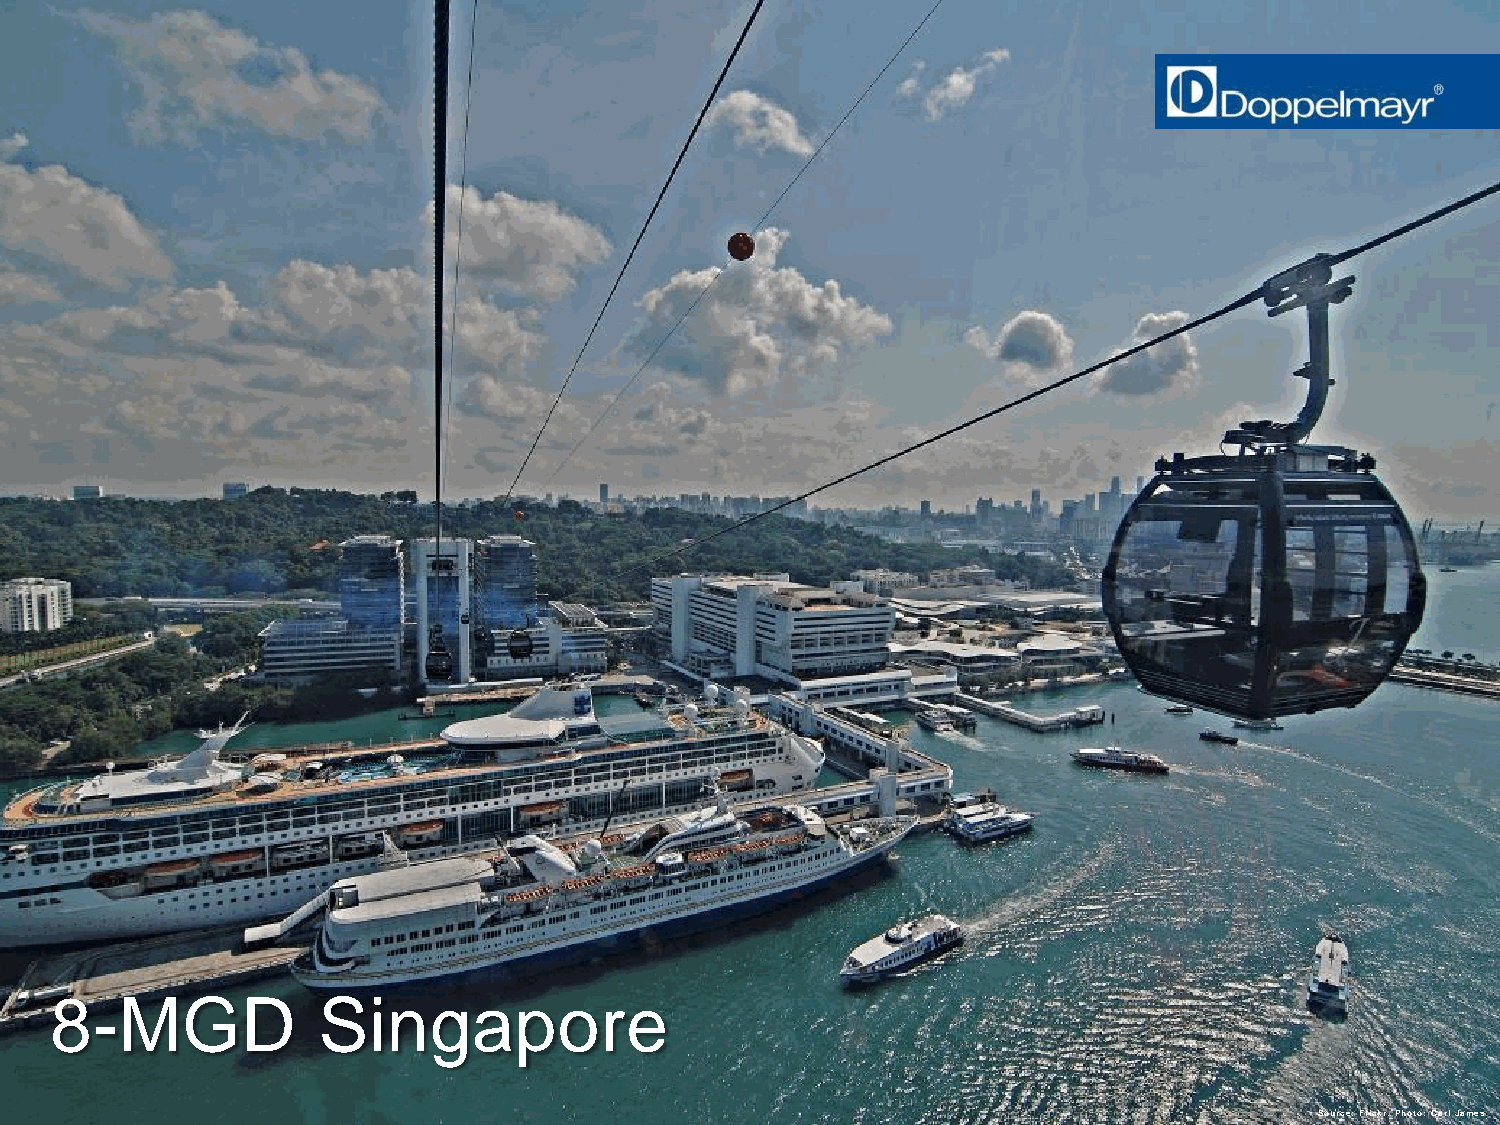
8-MGD             Singapore
 Doppelmayr Urban Solutions | wolfram.auer@doppelmayr.com | Slide 46
 Source: Flickr. Photo: Carl James